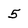
Character: 5